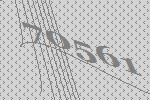
70561